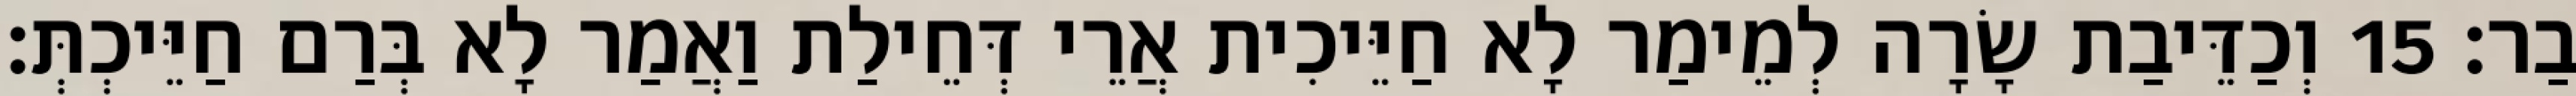
בַר׃ 15 וְכַדֵּיבַת שָׂרָה לְמֵימַר לָא חַיֵּיכִית אֲרֵי דְּחֵילַת וַאֲמַר לָא בְּרַם חַיֵּיכְתְּ׃